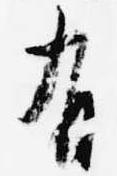
有